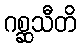
ဂစ္ဆသီတိ